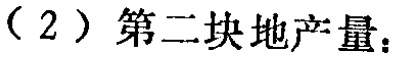
（2）第二块地产量：